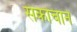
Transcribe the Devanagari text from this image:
संकोचाने